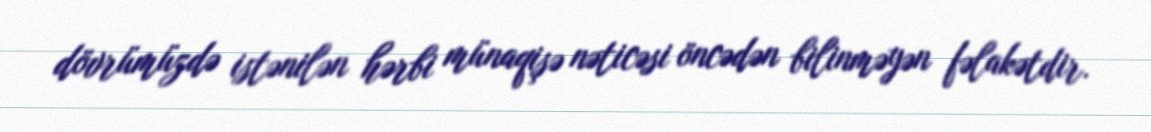
dövrümüzdə istənilən hərbi münaqişə nəticəsi öncədən bilinməyən fəlakətdir.